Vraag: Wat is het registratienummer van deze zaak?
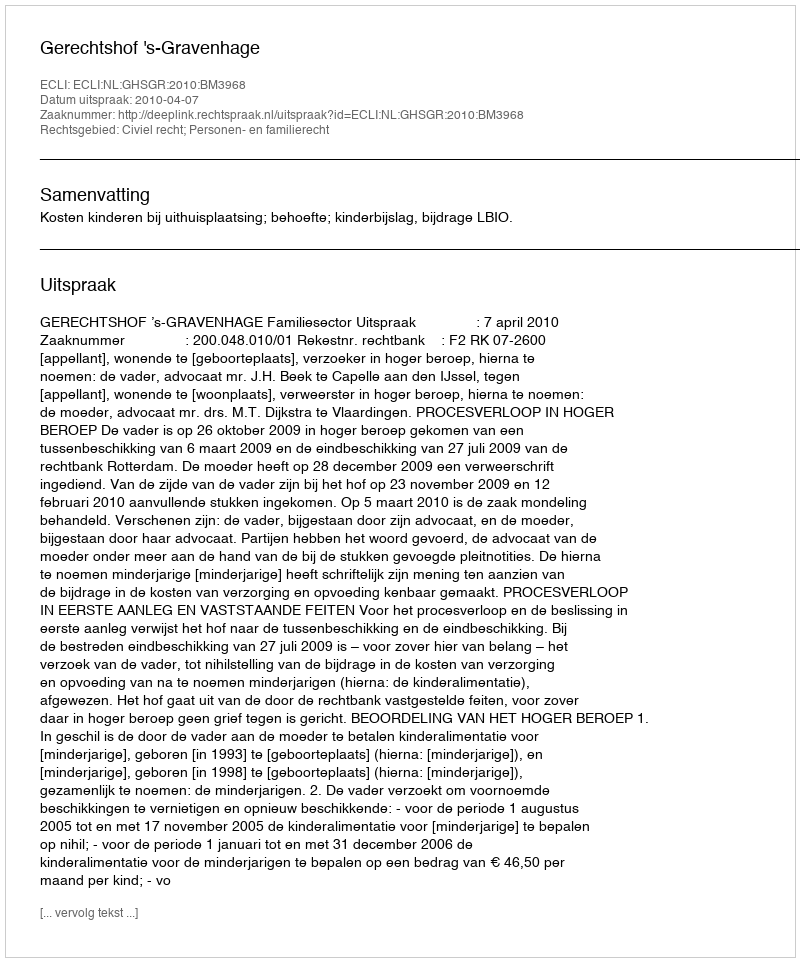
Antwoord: http://deeplink.rechtspraak.nl/uitspraak?id=ECLI:NL:GHSGR:2010:BM3968